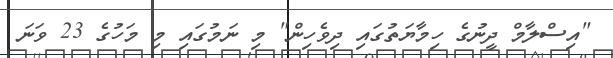
"އިސްލާމް ދީނުގެ ހިމާޔަތުގައި ދިވެހިން" މި ނަމުގައި މި މަހުގެ 23 ވަނަ